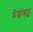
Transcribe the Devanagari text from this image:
डेंड्राइट्स